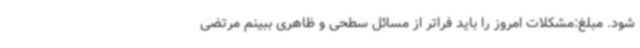
شود. مبلغ:مشکلات امروز را باید فراتر از مسائل سطحی و ظاهری ببینم مرتضی